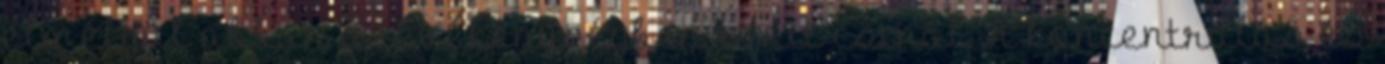
elmélyül abban a tevékenységben, amit csinál. A koncentrálás és